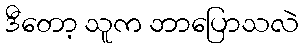
ဒီတော့ သူက ဘာပြောသလဲ